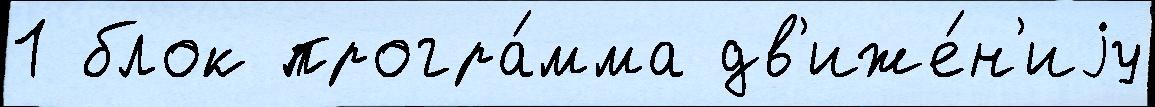
1 блок програ́мма дв'иже́н'иjу